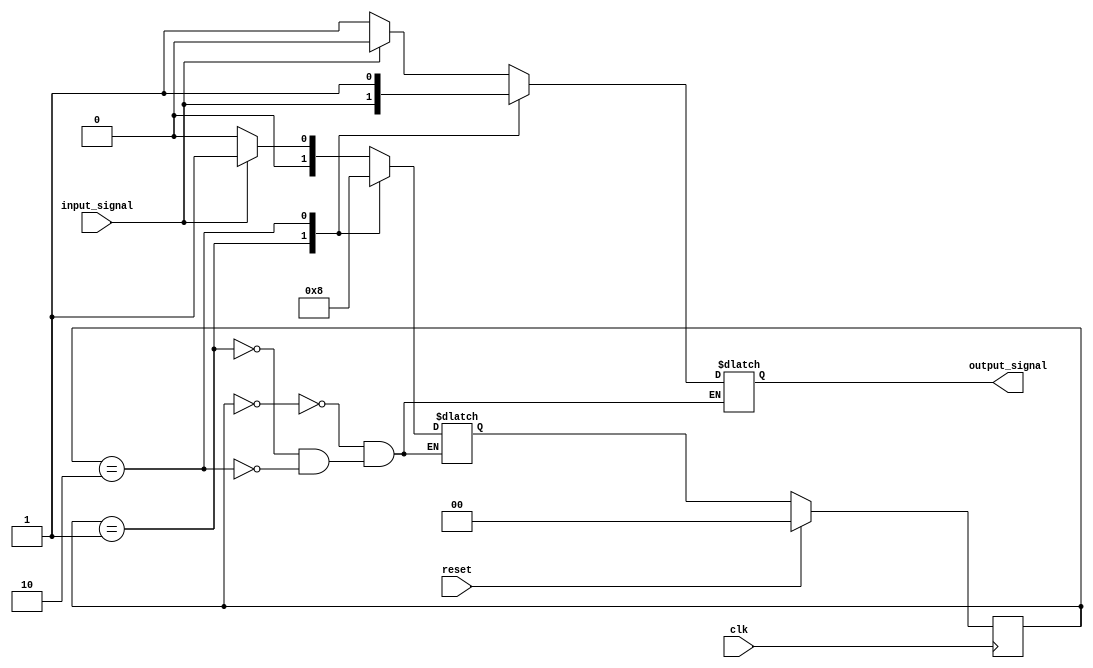
module mealy_state_machine(
    input clk,
    input reset,
    input input_signal,
    output reg output_signal
);

// Define states
parameter STATE_A = 2'b00;
parameter STATE_B = 2'b01;
parameter STATE_C = 2'b10;

// Define state register
reg [1:0] state_reg, next_state_reg;

// Define output register
reg output_reg;

always @(posedge clk) begin
    if(reset) begin
        state_reg <= STATE_A;
        output_reg <= 1'b0;
    end else begin
        state_reg <= next_state_reg;
        output_reg <= output_signal;
    end
end

always @(*) begin
    case(state_reg)
        STATE_A: begin
            if(input_signal) begin
                next_state_reg = STATE_B;
                output_signal = 1'b0;
            end else begin
                next_state_reg = STATE_A;
                output_signal = 1'b1;
            end
        end
        STATE_B: begin
            next_state_reg = STATE_C;
            output_signal = input_signal;
        end
        STATE_C: begin
            next_state_reg = STATE_A;
            output_signal = 1'b1;
        end
    endcase
end

endmodule